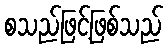
စသည်ဖြင့်ဖြစ်သည်